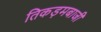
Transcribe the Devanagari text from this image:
तिकड़मबाजी